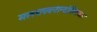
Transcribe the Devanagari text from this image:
मलयपवनान्दोलितजले